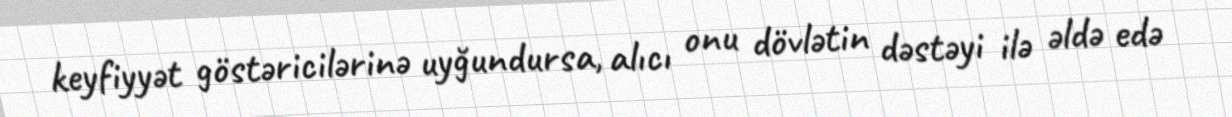
keyfiyyət göstəricilərinə uyğundursa, alıcı onu dövlətin dəstəyi ilə əldə edə